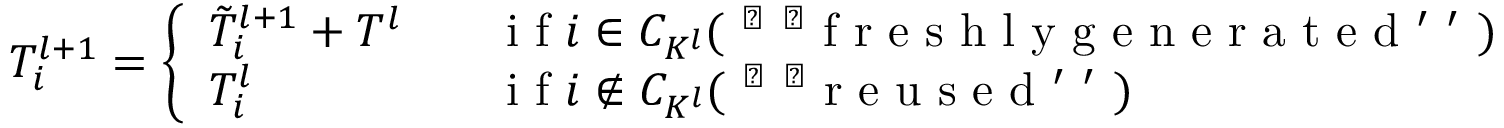
\begin{array} { r } { T _ { i } ^ { l + 1 } = \left\{ \begin{array} { l l } { \tilde { T } _ { i } ^ { l + 1 } + T ^ { l } \; \; \; } & { \mathrm { ~ i ~ f ~ } i \in C _ { K ^ { l } } ( \mathrm { ~ ` ~ ` ~ f ~ r ~ e ~ s ~ h ~ l ~ y ~ g ~ e ~ n ~ e ~ r ~ a ~ t ~ e ~ d ~ ' ~ ' ~ } ) } \\ { T _ { i } ^ { l } \; \; \; } & { \mathrm { ~ i ~ f ~ } i \notin C _ { K ^ { l } } ( \mathrm { ~ ` ~ ` ~ r ~ e ~ u ~ s ~ e ~ d ~ ' ~ ' ~ } ) } \end{array} \right. } \end{array}